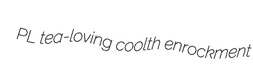
PL tea-loving coolth enrockment